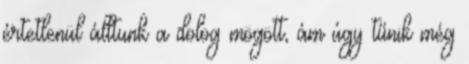
értetlenül álltunk a dolog mögött, ám úgy tűnik még